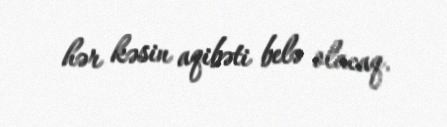
hər kəsin aqibəti belə olacaq.